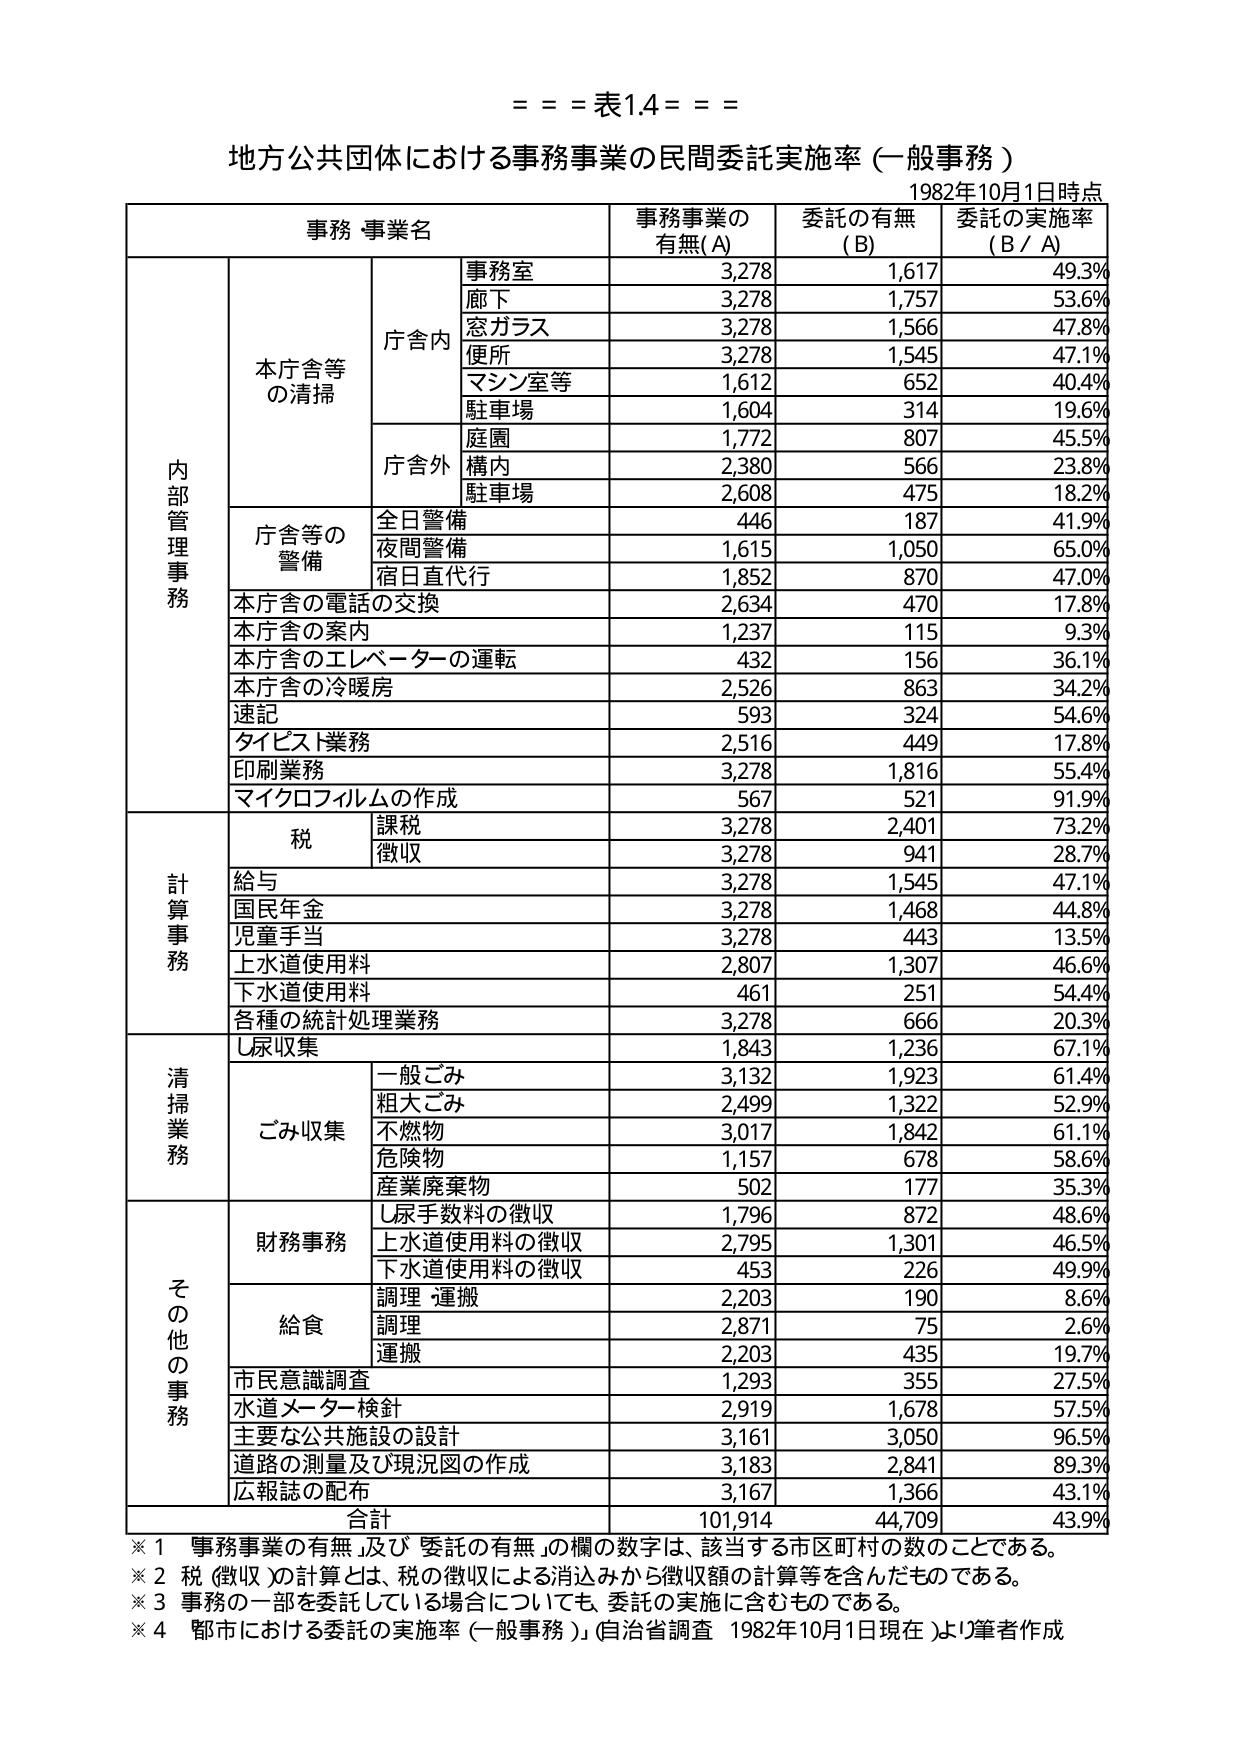
= = = 表1.4 = = =

地方公共団体における事務事業の民間委託実施率（一般事務）
1982年10月1日時点

事務・事業名　　　　　　　　事務事業の有無(A)　　委託の有無(B)　　委託の実施率(B/A)

内部管理事務
　本庁舎等の清掃
　　庁舎内
　　　事務室　　　　　　　　　3,278　　　　　1,617　　　　　49.3%
　　　廊下　　　　　　　　　　3,278　　　　　1,757　　　　　53.6%
　　　窓ガラス　　　　　　　　3,278　　　　　1,566　　　　　47.8%
　　　便所　　　　　　　　　　3,278　　　　　1,545　　　　　47.1%
　　　マシン室等　　　　　　　1,612　　　　　652　　　　　　40.4%
　　　駐車場　　　　　　　　　1,604　　　　　314　　　　　　19.6%
　　庁舎外
　　　庭園　　　　　　　　　　1,772　　　　　807　　　　　　45.5%
　　　構内　　　　　　　　　　2,380　　　　　566　　　　　　23.8%
　　　駐車場　　　　　　　　　2,608　　　　　475　　　　　　18.2%
　庁舎等の警備
　　　全日警備　　　　　　　　446　　　　　　187　　　　　　41.9%
　　　夜間警備　　　　　　　　1,615　　　　　1,050　　　　　65.0%
　　　宿日直代行　　　　　　　1,852　　　　　870　　　　　　47.0%
　本庁舎の電話の交換　　　　　2,634　　　　　470　　　　　　17.8%
　本庁舎の案内　　　　　　　　1,237　　　　　115　　　　　　9.3%
　本庁舎のエレベーターの運転　　432　　　　　　156　　　　　　36.1%
　本庁舎の冷暖房　　　　　　　2,526　　　　　863　　　　　　34.2%
　速記　　　　　　　　　　　　593　　　　　　324　　　　　　54.6%
　タイプスト業務　　　　　　　2,516　　　　　449　　　　　　17.8%
　印刷業務　　　　　　　　　　3,278　　　　　1,816　　　　　55.4%
　マイクロフィルムの作成　　　567　　　　　　521　　　　　　91.9%

計算事務
　税
　　　課税　　　　　　　　　　3,278　　　　　2,401　　　　　73.2%
　　　徴収　　　　　　　　　　3,278　　　　　941　　　　　　28.7%
　給与　　　　　　　　　　　　3,278　　　　　1,545　　　　　47.1%
　国民年金　　　　　　　　　　3,278　　　　　1,468　　　　　44.8%
　児童手当　　　　　　　　　　3,278　　　　　443　　　　　　13.5%
　上水道使用料　　　　　　　　2,807　　　　　1,307　　　　　46.6%
　下水道使用料　　　　　　　　461　　　　　　251　　　　　　54.4%
　各種の統計処理業務　　　　　3,278　　　　　666　　　　　　20.3%

清掃業務
　し尿収集　　　　　　　　　　1,843　　　　　1,236　　　　　67.1%
　ごみ収集
　　　一般ごみ　　　　　　　　3,132　　　　　1,923　　　　　61.4%
　　　粗大ごみ　　　　　　　　2,499　　　　　1,322　　　　　52.9%
　　　不燃物　　　　　　　　　3,017　　　　　1,842　　　　　61.1%
　　　危険物　　　　　　　　　1,157　　　　　678　　　　　　58.6%
　　　産業廃棄物　　　　　　　502　　　　　　177　　　　　　35.3%

その他の事務
　財務事務
　　　し尿手数料の徴収　　　　1,796　　　　　872　　　　　　48.6%
　　　上水道使用料の徴収　　　2,795　　　　　1,301　　　　　46.5%
　　　下水道使用料の徴収　　　453　　　　　　226　　　　　　49.9%
　給食
　　　調理・運搬　　　　　　　2,203　　　　　190　　　　　　8.6%
　　　調理　　　　　　　　　　2,871　　　　　75　　　　　　2.6%
　　　運搬　　　　　　　　　　2,203　　　　　435　　　　　　19.7%
　市民意識調査　　　　　　　　1,293　　　　　355　　　　　　27.5%
　水道メーター検針　　　　　　2,919　　　　　1,678　　　　　57.5%
　主要な公共施設の設計　　　　3,161　　　　　3,050　　　　　96.5%
　道路の測量及び現況図の作成　3,183　　　　　2,841　　　　　89.3%
　広報誌の配布　　　　　　　　3,167　　　　　1,366　　　　　43.1%

合計　　　　　　　　　　　　101,914　　　　44,709　　　　43.9%

※1 事務事業の有無」及び「委託の有無」の欄の数字は、該当する市区町村の数のことである。
※2 税（徴収）の計算とは、税の徴収による消込みから徴収額の計算等を含んだものである。
※3 事務の一部を委託している場合についても、委託の実施に含むものである。
※4 都市における委託の実施率（一般事務）」（自治省調査 1982年10月1日現在）より筆者作成